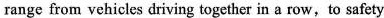
range from vehicles driving together in a row,to safety